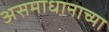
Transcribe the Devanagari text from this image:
असमाधानाच्या